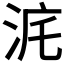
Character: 𣳥